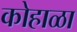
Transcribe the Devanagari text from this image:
कोहाळा